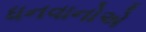
ધનવાનોએ